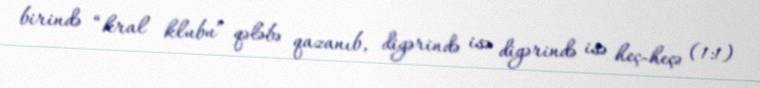
birində “kral klubu” qələbə qazanıb, digərində isə digərində isə heç-heçə (1:1)